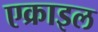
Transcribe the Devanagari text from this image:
एक्राइल